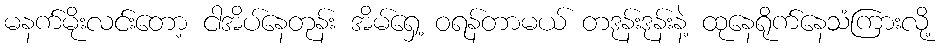
မနက်မိုးလင်းတော့ ငါအိပ်နေတုန်း အိမ်ရှေ့ ဝရန်တာမယ် တဒုန်းဒုန်းနဲ့ ထုနေရိုက်နေသံကြားလို့